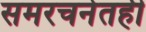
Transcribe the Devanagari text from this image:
समरचनेतही